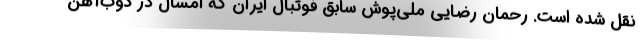
نقل شده است. رحمان رضایی ملی‌پوش سابق فوتبال ایران که امسال در ذوب‌آهن